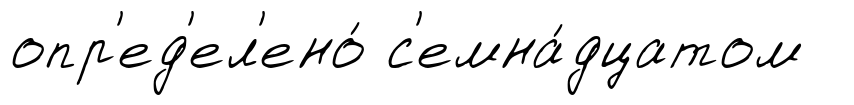
опр'ед'ел'ено́ с'емна́дцатом